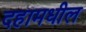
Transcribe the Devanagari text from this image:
दहामधील